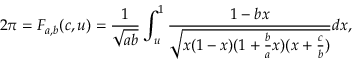
2 \pi = F _ { a , b } ( c , u ) = \frac { 1 } { \sqrt { a b } } \int _ { u } ^ { 1 } \frac { 1 - b x } { \sqrt { x ( 1 - x ) ( 1 + \frac { b } { a } x ) ( x + \frac { c } { b } ) } } d x ,